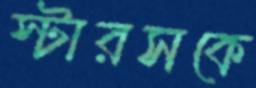
স্টারসকে